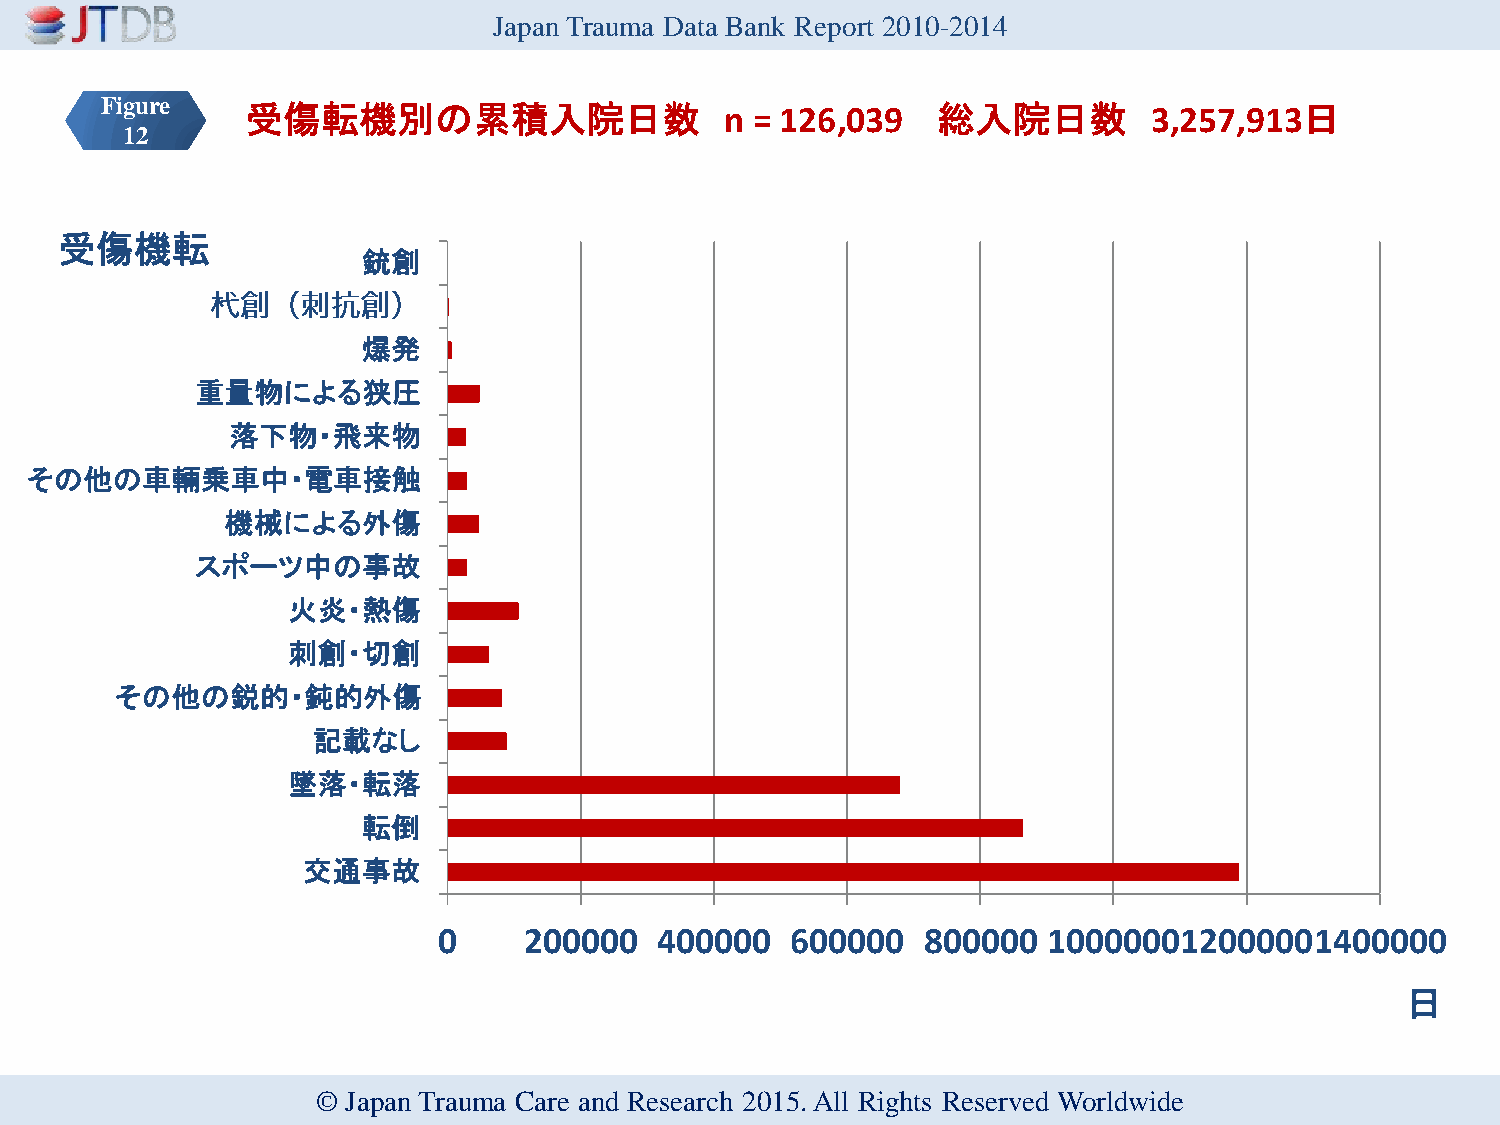
Japan Trauma Data Bank Report 2010-2014
 Figure   受傷転機別の累積入院日数                    n = 126,039   総入院日数         3,257,913日
 12
 受傷機転
 銃創
 爆発
 重量物による狭圧
 落下物・飛来物
 その他の車輛乗車中・電車接触
 機械による外傷
 スポーツ中の事故
 火炎・熱傷
 刺創・切創
 その他の鋭的・鈍的外傷
 記載なし
 墜落・転落
 転倒
 交通事故
 0     200000   400000  600000   800000  100000012000001400000
 日
 © Japan Trauma Care and Research 2015. All Rights Reserved Worldwide